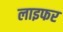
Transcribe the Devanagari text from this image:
लाइफर